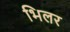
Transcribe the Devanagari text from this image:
भिलर